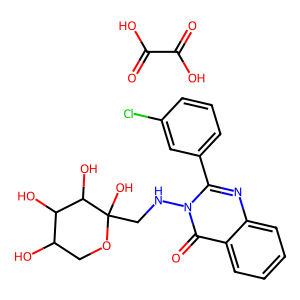
SMILES: O=C(O)C(=O)O.O=c1c2ccccc2nc(-c2cccc(Cl)c2)n1NCC1(O)OCC(O)C(O)C1O
Inhibits HIV replication: No